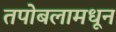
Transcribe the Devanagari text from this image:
तपोबलामधून